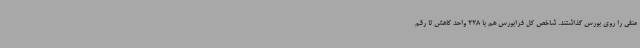
منفی را روی بورس گذاشتند. شاخص کل فرابورس هم با 228 واحد کاهش تا رقم